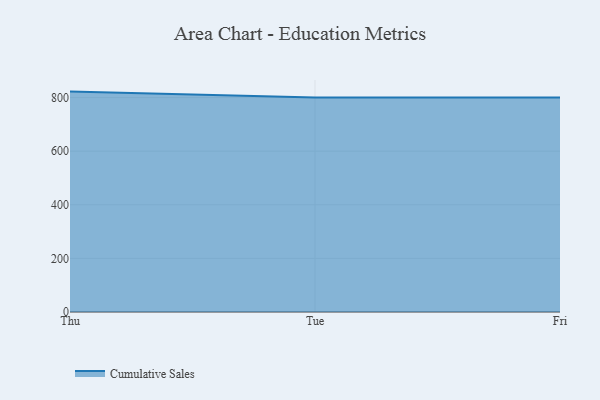
{"axis": {"x": "Day", "y": "LTV (USD)"}, "legend": ["Cumulative Sales"], "data": [{"x": "Thu", "y": 822.3, "type": "Cumulative Sales"}, {"x": "Tue", "y": 800, "type": "Cumulative Sales"}, {"x": "Fri", "y": 800, "type": "Cumulative Sales"}]}